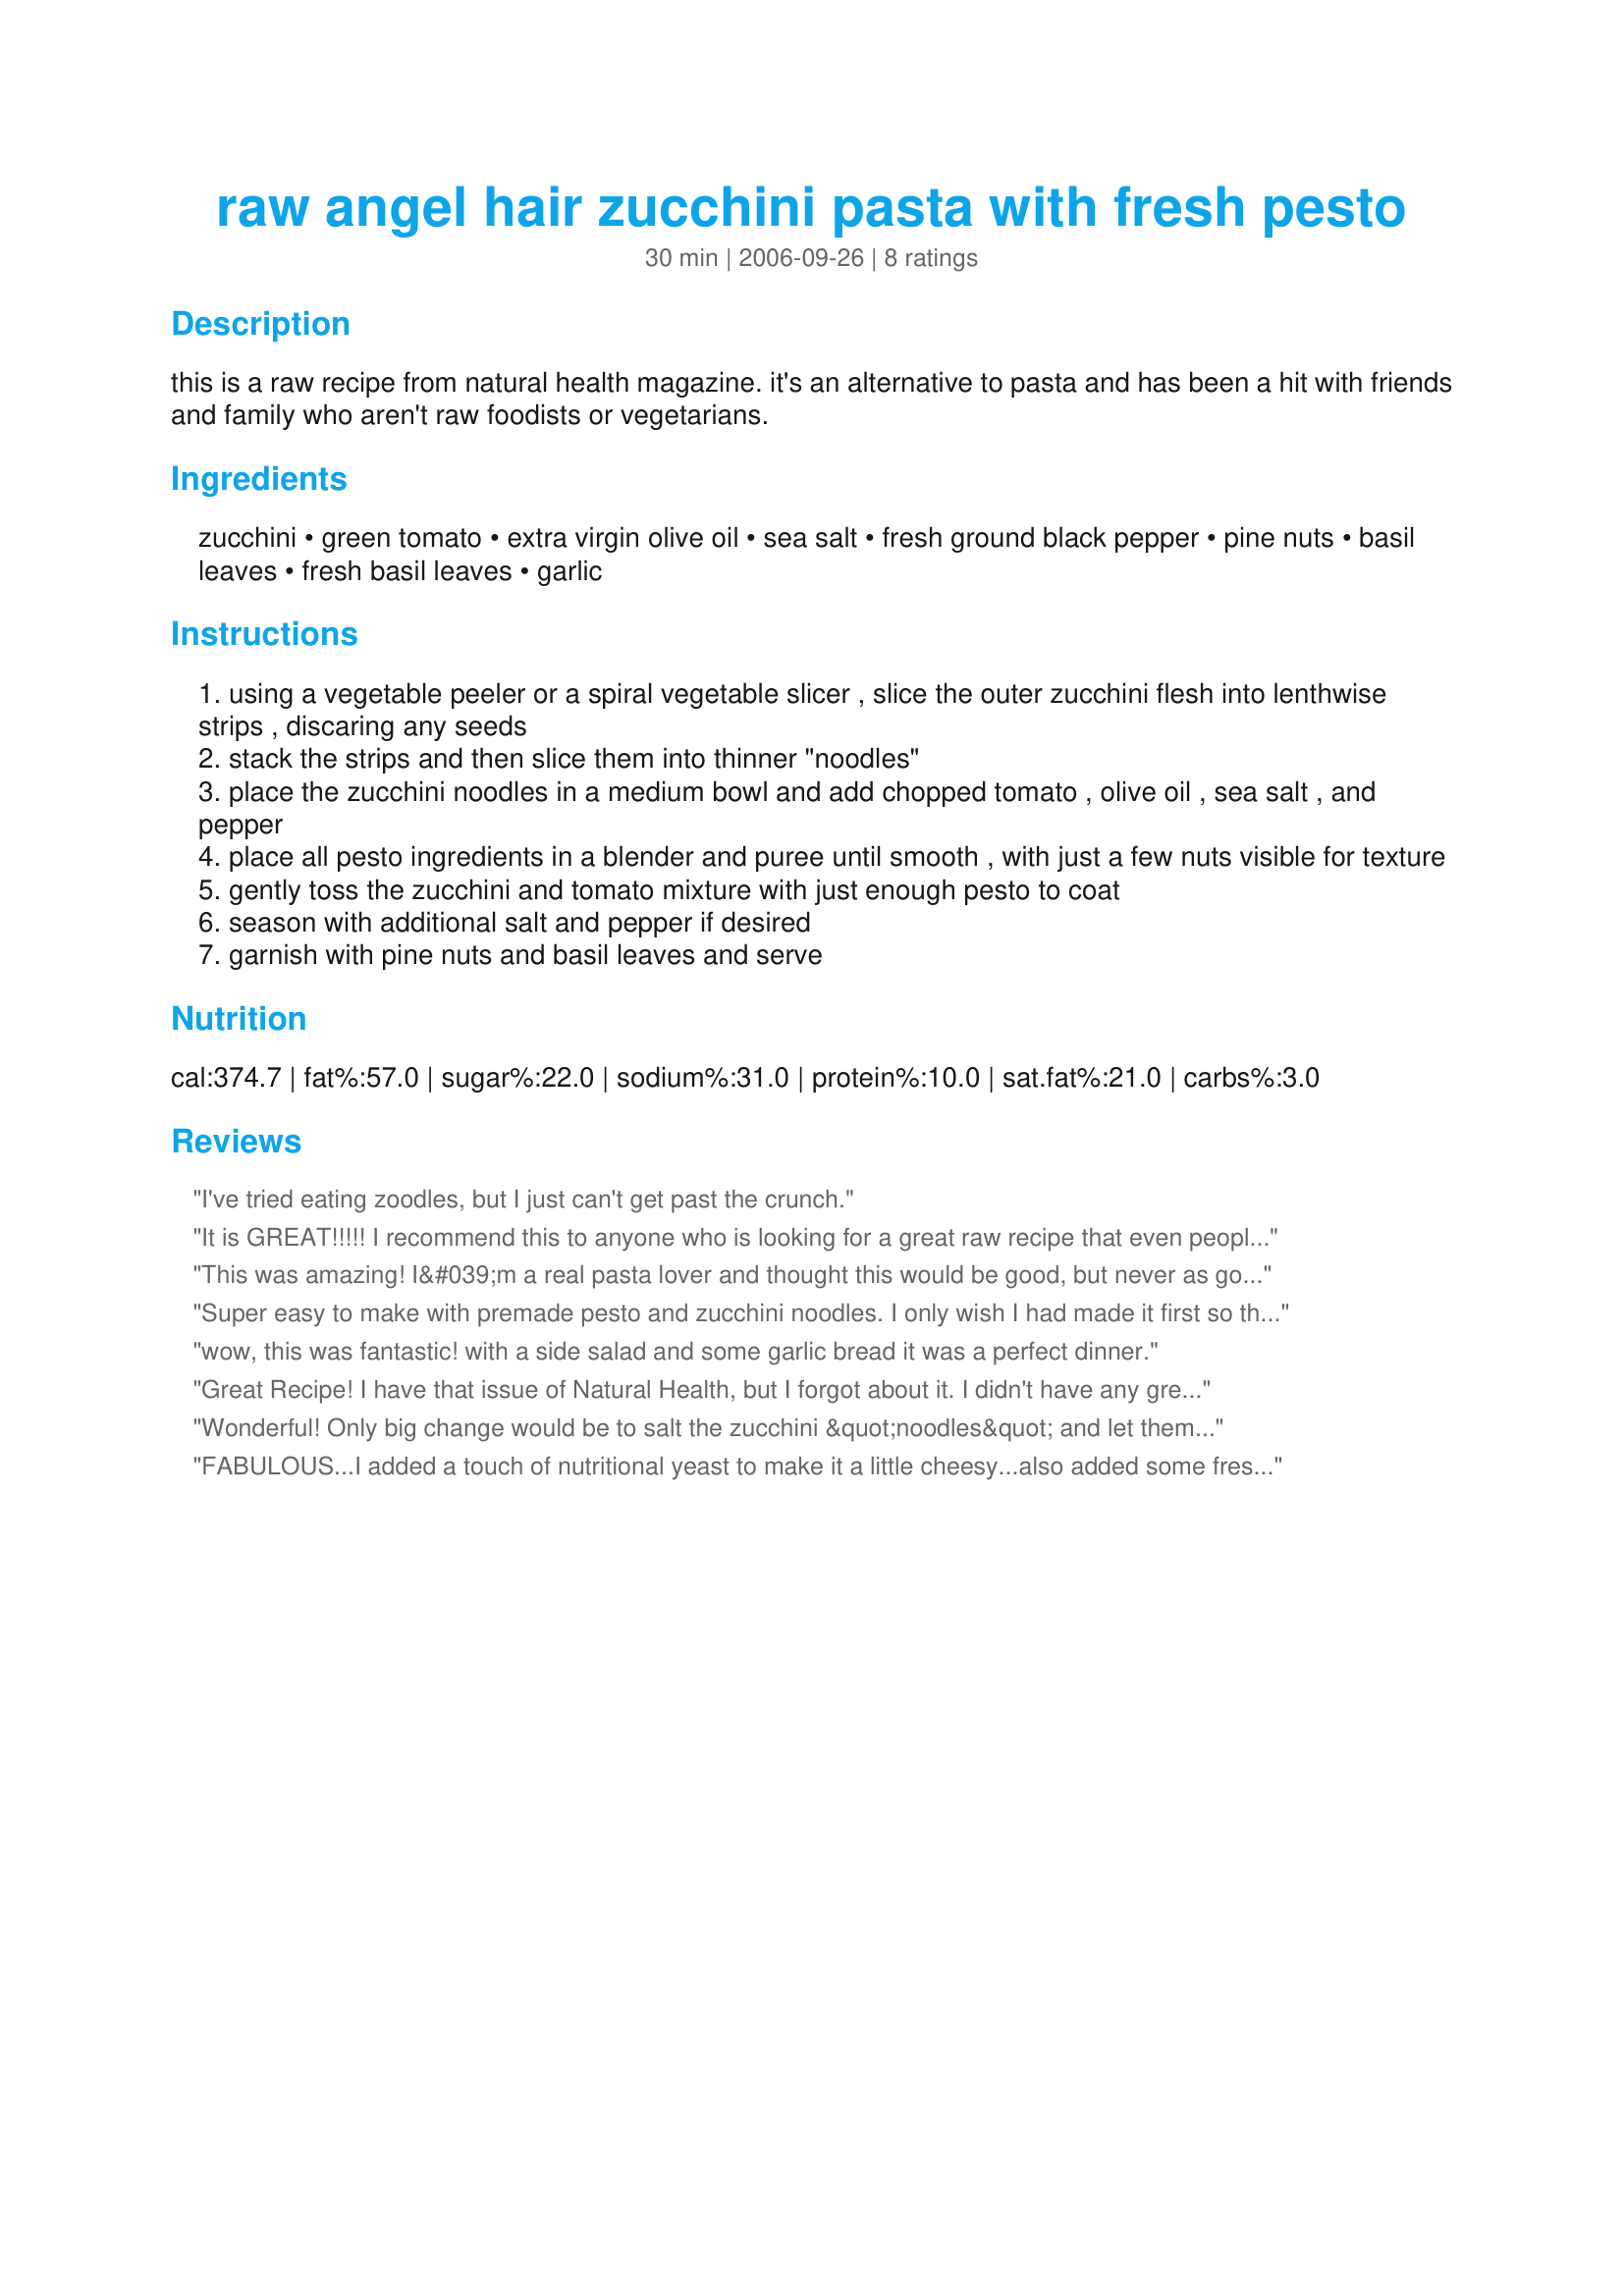
raw angel hair zucchini pasta with fresh pesto
Preparation time: 30 minutes

this is a raw recipe from natural health magazine. it's an alternative to pasta and has been a hit with friends and family who aren't raw foodists or vegetarians.

Ingredients:
zucchini, green tomato, extra virgin olive oil, sea salt, fresh ground black pepper, pine nuts, basil leaves, fresh basil leaves, garlic

Steps:
using a vegetable peeler or a spiral vegetable slicer , slice the outer zucchini flesh into lenthwise strips , discaring any seeds
stack the strips and then slice them into thinner "noodles"
place the zucchini noodles in a medium bowl and add chopped tomato , olive oil , sea salt , and pepper
place all pesto ingredients in a blender and puree until smooth , with just a few nuts visible for texture
gently toss the zucchini and tomato mixture with just enough pesto to coat
season with additional salt and pepper if desired
garnish with pine nuts and basil leaves and serve

Reviews:
I've tried eating zoodles, but I just can't get past the crunch.
It is GREAT!!!!! I recommend this to anyone who is looking for a great raw recipe that even people who are not raw like. : )
This was amazing! I&#039;m a real pasta lover and thought this would be good, but never as good as pasta. I&#039;ll tell you, it was pretty darn close! I didn&#039;t miss the pasta at all, even as I watched my husband eating this same sauce over linguini instead of zucchini! Thank you so much for posting this recipe, it will become a standard staple in my recipe box.&lt;br/&gt;&lt;br/&gt;Tip - I only used 2 zucchinis, as it was just me. I added the pesto 1 T at a time, mixing it in with my zucchini, until I had the amount I wanted. The rest of the pesto is holding in a jar in the fridge. I expect it to last about a week, and I know it also freezes well.

*update - I made the pesto sauce again for a chicken topper - I added some Parmesan cheese to the pesto and it was even better!
Super easy to make with premade pesto and zucchini noodles. I only wish I had made it first so the flavors could set longer.
wow, this was fantastic! with a side salad and some garlic bread it was a perfect dinner.
Great Recipe! I have that issue of Natural Health, but I forgot about it. I didn't have any green tomatoes, and I kind of eye-balled the measurements, but the pesto was delicious. It's my first try with raw "pasta," and it's definitely a keeper. Thanks!
Wonderful! Only big change would be to salt the zucchini &quot;noodles&quot; and let them drain while you prepare the pesto. Ours got a bit soggy. I also used red cherry tomatoes since that's what I had on hand.
FABULOUS...I added a touch of nutritional yeast to make it a little cheesy...also added some fresh lemon to the zucc. (I just like to do that with raw veggies some times) and threw in some sun-dried tomato and a little bit of red pepper flake ... FABULOUS!!!- a HUGE WINNER thanks so much!!
